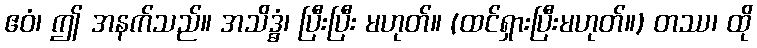
ဧဝံ၊ ဤ အနက်သည်။ အသိဒ္ဓံ၊ ပြီးပြီး မဟုတ်။ (ထင်ရှားပြီးမဟုတ်။) တဿ၊ ထို